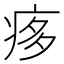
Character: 痑